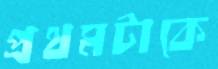
প্রথমটাকে